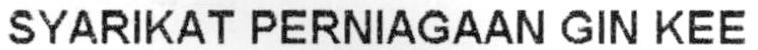
SYARIKAT PERNIAGAAN GIN KEE